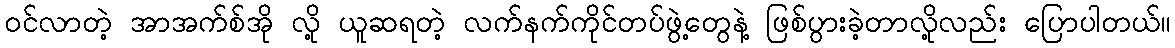
ဝင်လာတဲ့ အာအက်စ်အို လို့ ယူဆရတဲ့ လက်နက်ကိုင်တပ်ဖွဲ့တွေနဲ့ ဖြစ်ပွားခဲ့တာလို့လည်း ပြောပါတယ်။